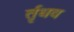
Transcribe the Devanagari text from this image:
र्तृधव